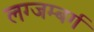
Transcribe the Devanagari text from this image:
लग्जम्बर्ग